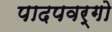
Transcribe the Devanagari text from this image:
पादपवर्गो